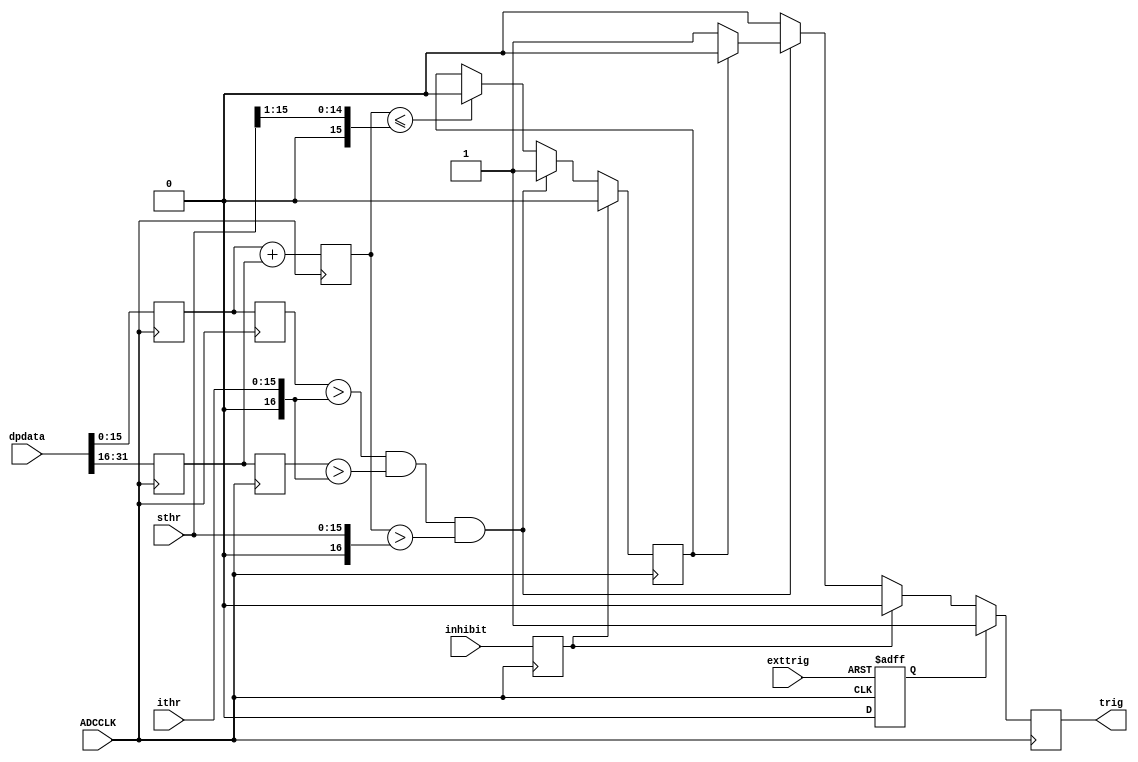
`timescale 1ns / 1ps
//////////////////////////////////////////////////////////////////////////////////
// Company: 
// Engineer: 
// 
// Design Name: 
// Module Name:    doubletrig 
// Project Name:   WFD125
// Target Devices: XC6S
// Tool versions: 
// Description: produce trigger on a pair of two channels if both channels are
//	above threshold_A and thier sum is above threshold_B.
//
// Dependencies: 
//
// Revision: 
// Revision 0.01 - File Created
// Additional Comments: 
//
//////////////////////////////////////////////////////////////////////////////////
module doubletrig (
	input			ADCCLK,		// ADC clock, common for both channels
	input [31:0]		dpdata,		// data from 2 prc1chan's, ADC clocked, ped subtracted
	input [15:0] 		ithr,		// individual channel threshold
	input [15:0] 		sthr,		// two channel sum threshold
	input 			inhibit,	// cumulative inhibit
	input			exttrig,	// external trigger
	output reg		trig		// resulting trigger
);
	 
	reg signed [15:0]	ch0 = 0;
	reg signed [15:0]	ch1 = 0;
	reg signed [15:0]	ch0_p = 0;
	reg signed [15:0]	ch1_p = 0;
	reg signed [16:0]	s2 = 0;
	reg			ddiscr = 0;
	reg 			ext_d = 0;
	reg 			inh = 0;
	 
	always @ (posedge ADCCLK) begin
		ch0_p <= dpdata[15:0];
		ch1_p <= dpdata[31:16];
		ch0 <= ch0_p;
		ch1 <= ch1_p;
		s2 <= ch0_p + ch1_p;
		trig <= 0;
		inh <= inhibit;

		if (~inh) begin
			if ((ch0 > $signed({1'b0,ithr})) & (ch1 > $signed({1'b0,ithr})) & (s2 > $signed({1'b0,sthr}))) begin
				if (~ddiscr) begin
					// crossing threshold (for the first time)
					ddiscr <= 1;
					trig <= 1;	// single pulse
				end
			end else if (s2 <= $signed({1'b0,sthr[15:1]})) begin
				// HALF threshold crossed back (noise reduction)
				ddiscr <= 0;
			end 
		end else begin
			ddiscr <= 0;
		end
		if (ext_d) trig <= 1;
	end
	
	always @(posedge ADCCLK or posedge exttrig) begin
		if (exttrig) begin
			ext_d <= 1;
		end else if (ext_d) begin
			ext_d <= 0;
		end
	end
						
endmodule